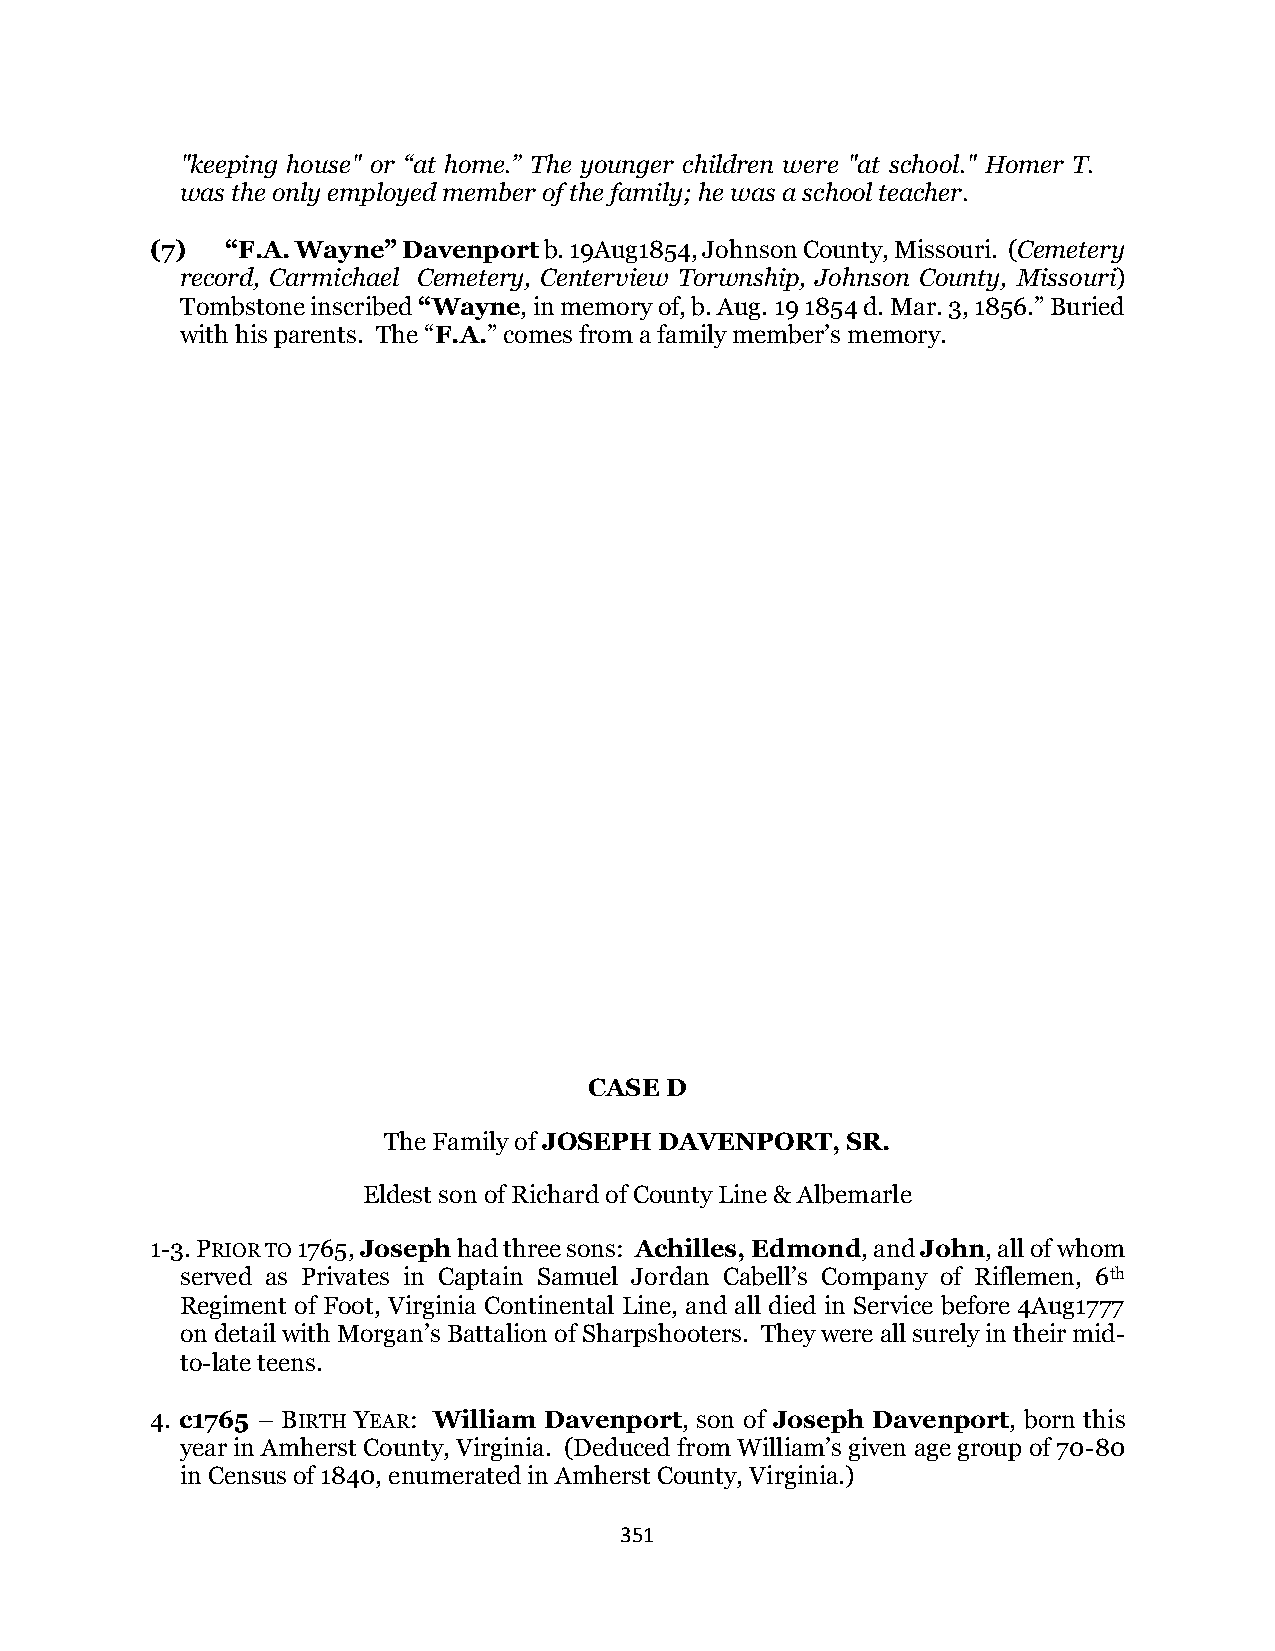
"keeping house" or “at home.” The younger children were "at school." Homer T.
 was the only employed member of the family; he was a school teacher.
 (7)  “F.A. Wayne” Davenport b. 19Aug1854, Johnson County, Missouri. (Cemetery
 record, Carmichael Cemetery, Centerview Torwnship, Johnson County, Missouri)
 Tombstone inscribed “Wayne, in memory of, b. Aug. 19 1854 d. Mar. 3, 1856.” Buried
 with his parents. The “F.A.” comes from a family member’s memory.
 CASE D
 The Family of JOSEPH DAVENPORT, SR.
 Eldest son of Richard of County Line & Albemarle
 1-3. PRIOR TO 1765, Joseph had three sons: Achilles, Edmond, and John, all of whom
 served as Privates in Captain Samuel Jordan Cabell’s Company of Riflemen, 6th
 Regiment of Foot, Virginia Continental Line, and all died in Service before 4Aug1777
 on detail with Morgan’s Battalion of Sharpshooters. They were all surely in their mid-
 to-late teens.
 4. c1765 – BIRTH YEAR: William Davenport, son of Joseph Davenport, born this
 year in Amherst County, Virginia. (Deduced from William’s given age group of 70-80
 in Census of 1840, enumerated in Amherst County, Virginia.)
 351